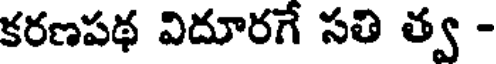
కరణపథ విదూరగే సతి త్వ -